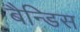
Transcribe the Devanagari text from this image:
बैन्डिस